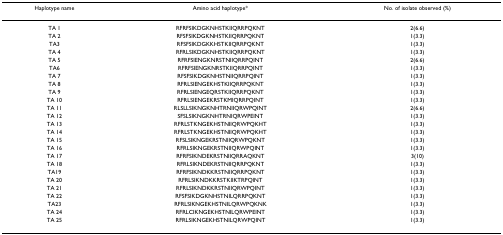
<table><thead><tr><td><b>Haplotype name</b></td><td><b>Amino acid haplotype*</b></td><td><b>No. of isolate observed (%)</b></td></tr></thead><tbody><tr><td>TA 1</td><td>RFRFSIKDGKNHSTKIIQRRPQKNT</td><td>2(6.6)</td></tr><tr><td>TA 2</td><td>RFSFSIKDGKNHSTKIIQRRPQKNT</td><td>1(3.3)</td></tr><tr><td>TA3</td><td>RFSFSIKDGKKHSTKIIQRRPQKNT</td><td>1(3.3)</td></tr><tr><td>TA 4</td><td>RFRLSIKDGKNHSTKIIQRRPQKNT</td><td>1(3.3)</td></tr><tr><td>TA 5</td><td>RFRFSIENGKNRSTNIIQRRPQINT</td><td>2(6.6)</td></tr><tr><td>TA6</td><td>RFRFSIENGKNRSTKIIQRRPQINT</td><td>1(3.3)</td></tr><tr><td>TA 7</td><td>RFSFSIKDGKNHSTNIIQRRPQINT</td><td>1(3.3)</td></tr><tr><td>TA 8</td><td>RFRLSIENGEKHSTKIIQRRPQKNT</td><td>1(3.3)</td></tr><tr><td>TA 9</td><td>RFRLSIENGEQRSTKIIQRRPQKNT</td><td>1(3.3)</td></tr><tr><td>TA 10</td><td>RFRLSIENGEKRSTKMIQRRPQINT</td><td>1(3.3)</td></tr><tr><td>TA 11</td><td>RLSLLSIKNGKNHTRNIIQRWPQINT</td><td>2(6.6)</td></tr><tr><td>TA 12</td><td>SFSLSIKNGKNHTRNIQRWPEINT</td><td>1(3.3)</td></tr><tr><td>TA 13</td><td>RFRLSTKNGEKHSTNIIQRWPQKHT</td><td>1(3.3)</td></tr><tr><td>TA 14</td><td>RFRLSTKNGEKHSTNIIQRWPQKHT</td><td>1(3.3)</td></tr><tr><td>TA 15</td><td>RFSLSIKNGEKRSTNIIQRWPQKNT</td><td>1(3.3)</td></tr><tr><td>TA 16</td><td>RFRLSIKNGEKRSTNIIQRWPQINT</td><td>1(3.3)</td></tr><tr><td>TA 17</td><td>RFRFSIKNDEKRSTNIIQRRAQKNT</td><td>3(10)</td></tr><tr><td>TA 18</td><td>RFRLSIKNDEKRSTNIIQRRPQKNT</td><td>1(3.3)</td></tr><tr><td>TA19</td><td>RFRFSIKNDKKRSTNIIQRRPQKNT</td><td>1(3.3)</td></tr><tr><td>TA 20</td><td>RFRLSIKNDKKRSTKIIKTRPQINT</td><td>1(3.3)</td></tr><tr><td>TA 21</td><td>RFRLSIKNDKKRSTNIIQRWPQINT</td><td>1(3.3)</td></tr><tr><td>TA 22</td><td>RFSFSIKDGKNHSTNILQRRPQKNT</td><td>1(3.3)</td></tr><tr><td>TA23</td><td>RFRLSIKNGEKHSTNILQRWPQKNK</td><td>1(3.3)</td></tr><tr><td>TA 24</td><td>RFRLCIKNGEKHSTNILQRWPEINT</td><td>1(3.3)</td></tr><tr><td>TA 25</td><td>RFRLSIKNGEKHSTNILQRWPQINT</td><td>1(3.3)</td></tr></tbody></table>